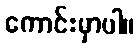
ကောင်းမှာပါ။